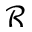
\mathcal { R }